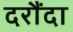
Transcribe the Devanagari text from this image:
दरौंदा